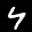
Label: 4